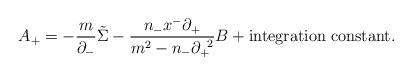
LaTeX: \begin{align*}A_+=-\frac{m}{{\partial}_-}\tilde{\Sigma}-\frac{n_-x^-{\partial}_+}{m^2-n_-{\partial}_+^{\;\;2}}B+{\rm integration\; constant}. \end{align*}